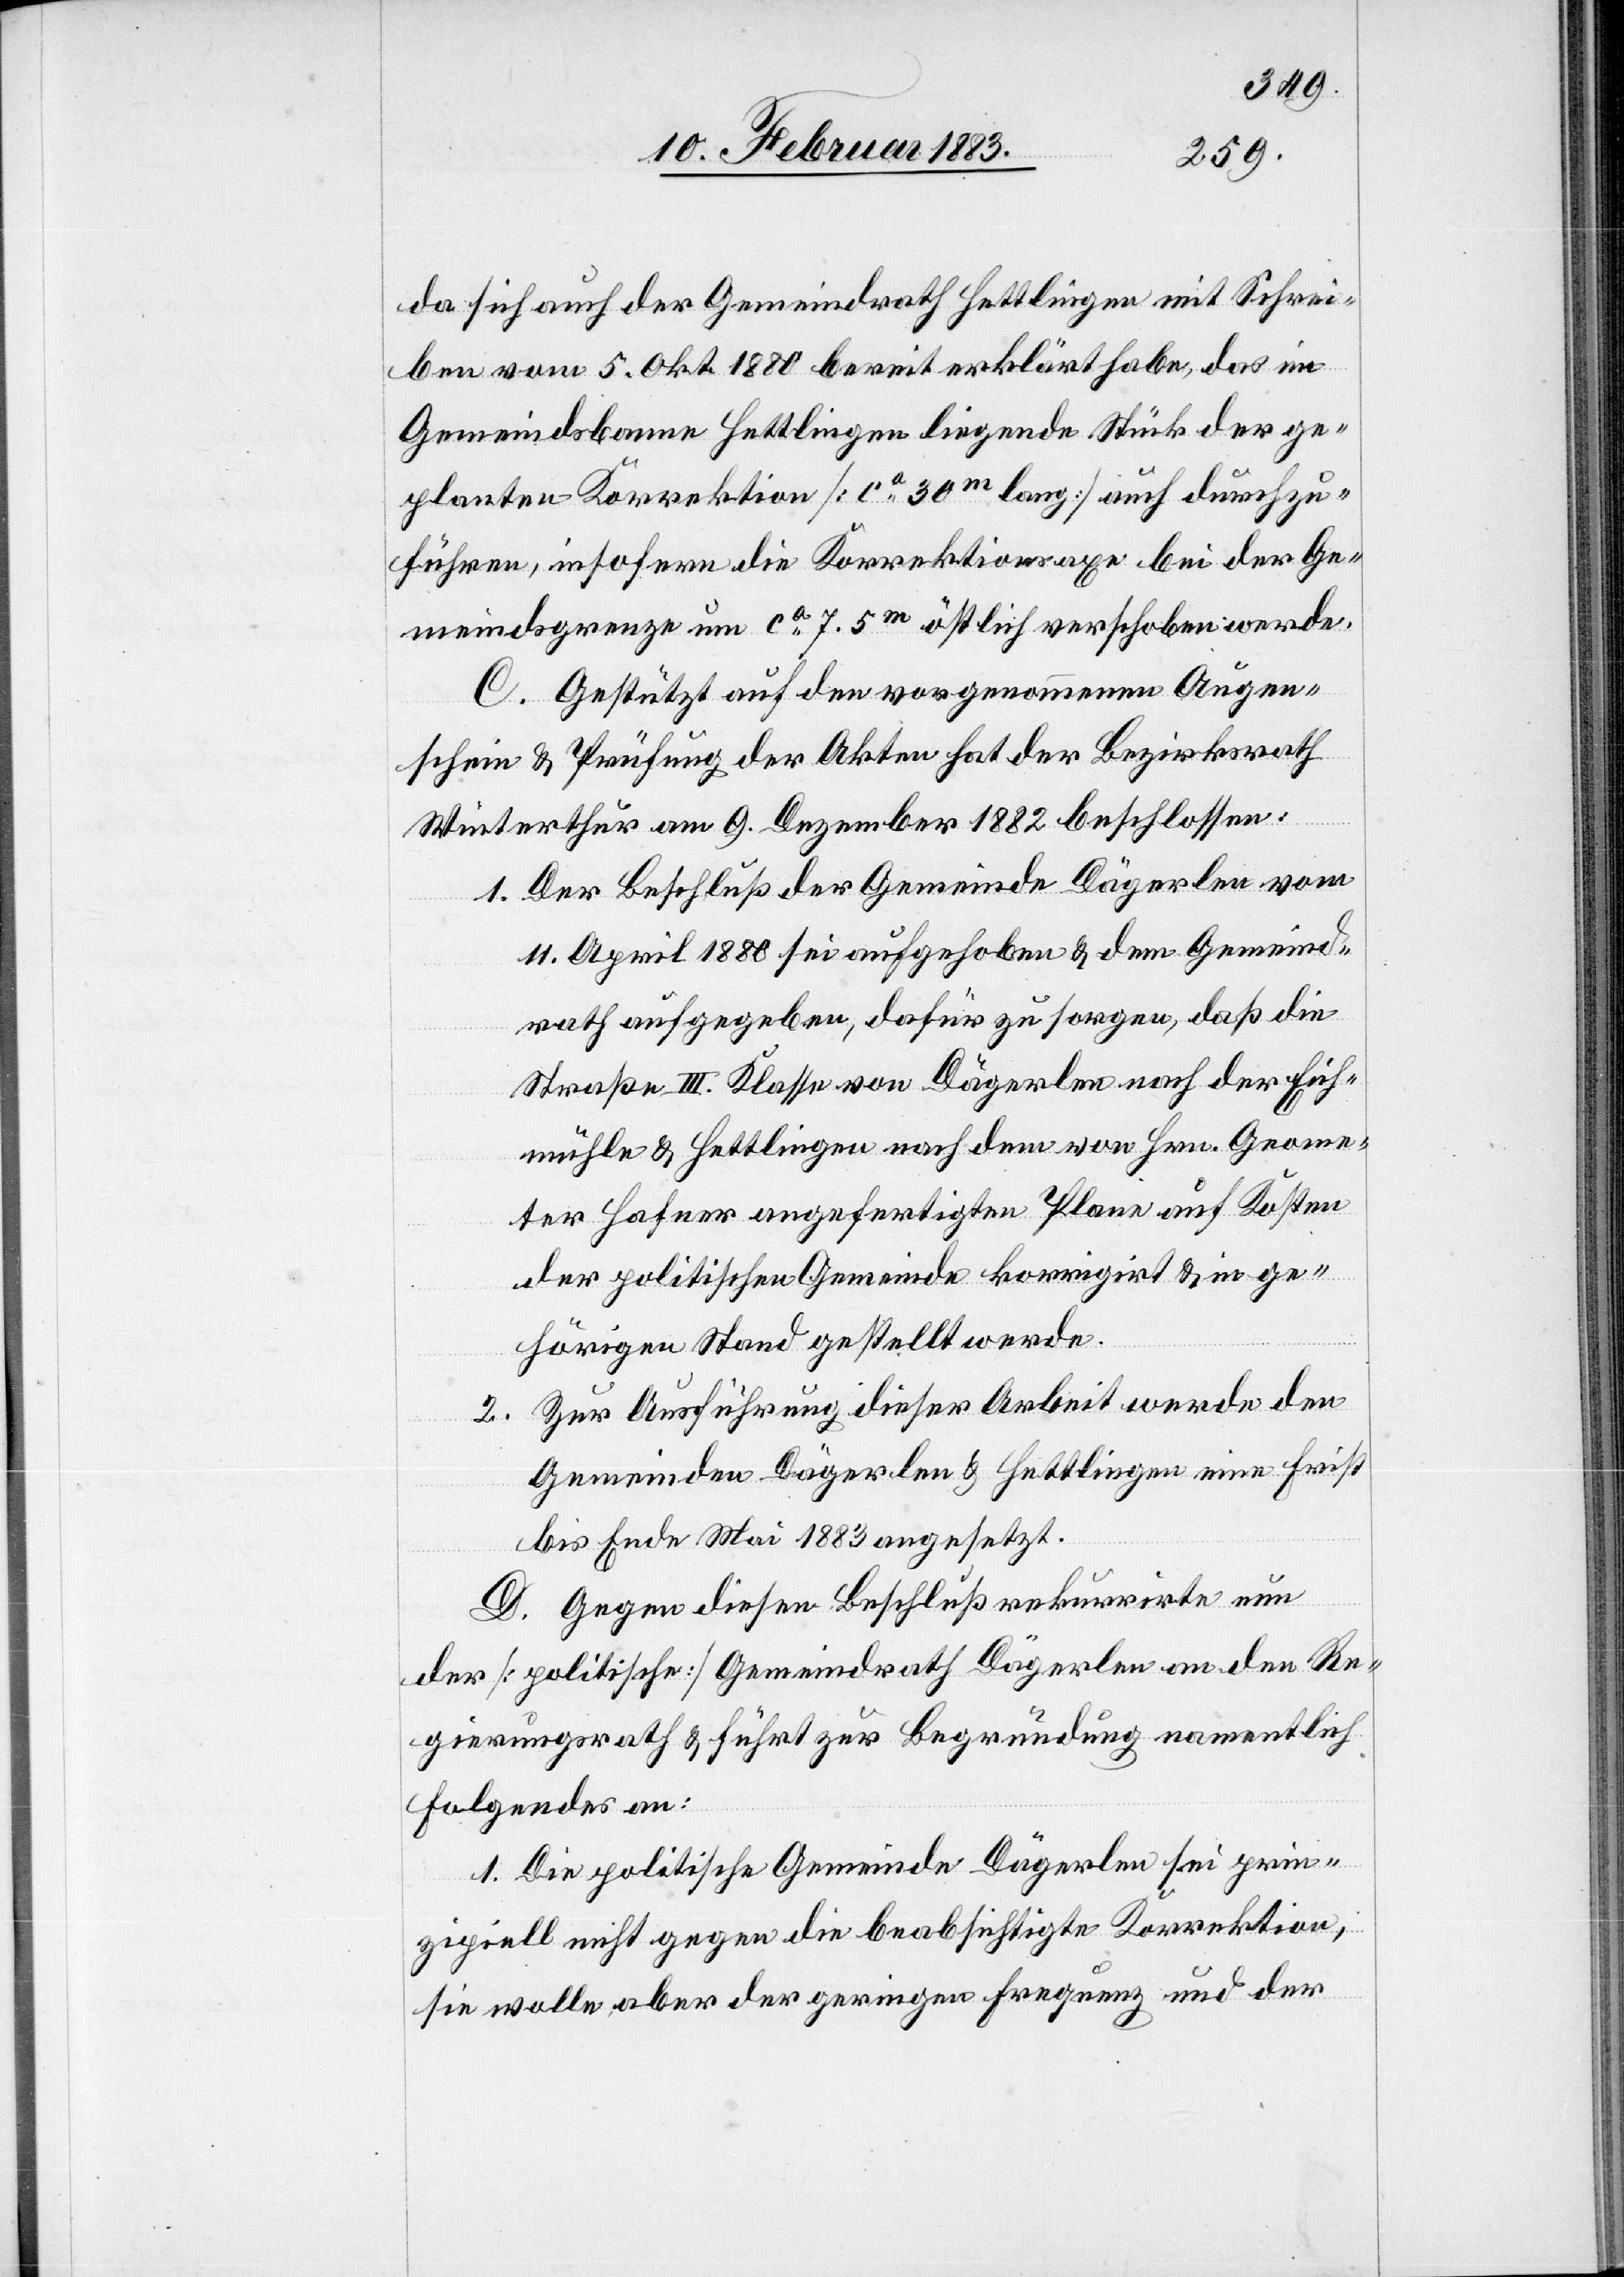
da sich auch der Gemeindrath Hettlingen mit Schrei¬
ben vom 5. Okt. 1880 bereit erklärt habe, das im
Gemeindsbanne Hettlingen liegende Stück der ge¬
planten Korrektion [ca 30m lang] auch durchzu¬
führen, insofern die Korrektionsaxe bei der Ge¬
meindsgrenze um ca 7.5m östlich verschoben werde.
C. Gestützt auf den vorgenommenen Augen¬
schein & Prüfung der Akten hat der Bezirksrath
Winterthur am 9. Dezember 1882 beschlossen:
1. Der Beschluß der Gemeinde Dägerlen vom
11. April 1880 sei aufgehoben & dem Gemeind¬
rath aufgegeben, dafür zu sorgen, daß die
Straße III. Klasse von Dägerlen nach der Eich¬
mühle & Hettlingen nach dem von Hrn. Geome¬
ter Hafner angefertigten Plane auf Kosten
der politischen Gemeinde korrigirt & in ge¬
hörigen Stand gestellt werde.
Zur Ausführung dieser Arbeit werde den
2.
Gemeinden Dägerlen & Hettlingen eine Frist
bis Ende Mai 1883 angesetzt.
D. Gegen diesen Beschluß rekurrirte nun
der [politische] Gemeindrath Dägerlen an den Re¬
gierungsrath & führt zur Begründung namentlich
Folgendes an:
1. Die politische Gemeinde Dägerlen sei prin¬
zipiell nicht gegen die beabsichtigte Korrektion,
sie wolle aber der geringen Frequenz und der